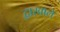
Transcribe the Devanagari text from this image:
द्वारवाले